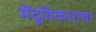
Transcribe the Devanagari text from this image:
मेंदूविकाराचा